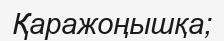
Қаражоңышқа;